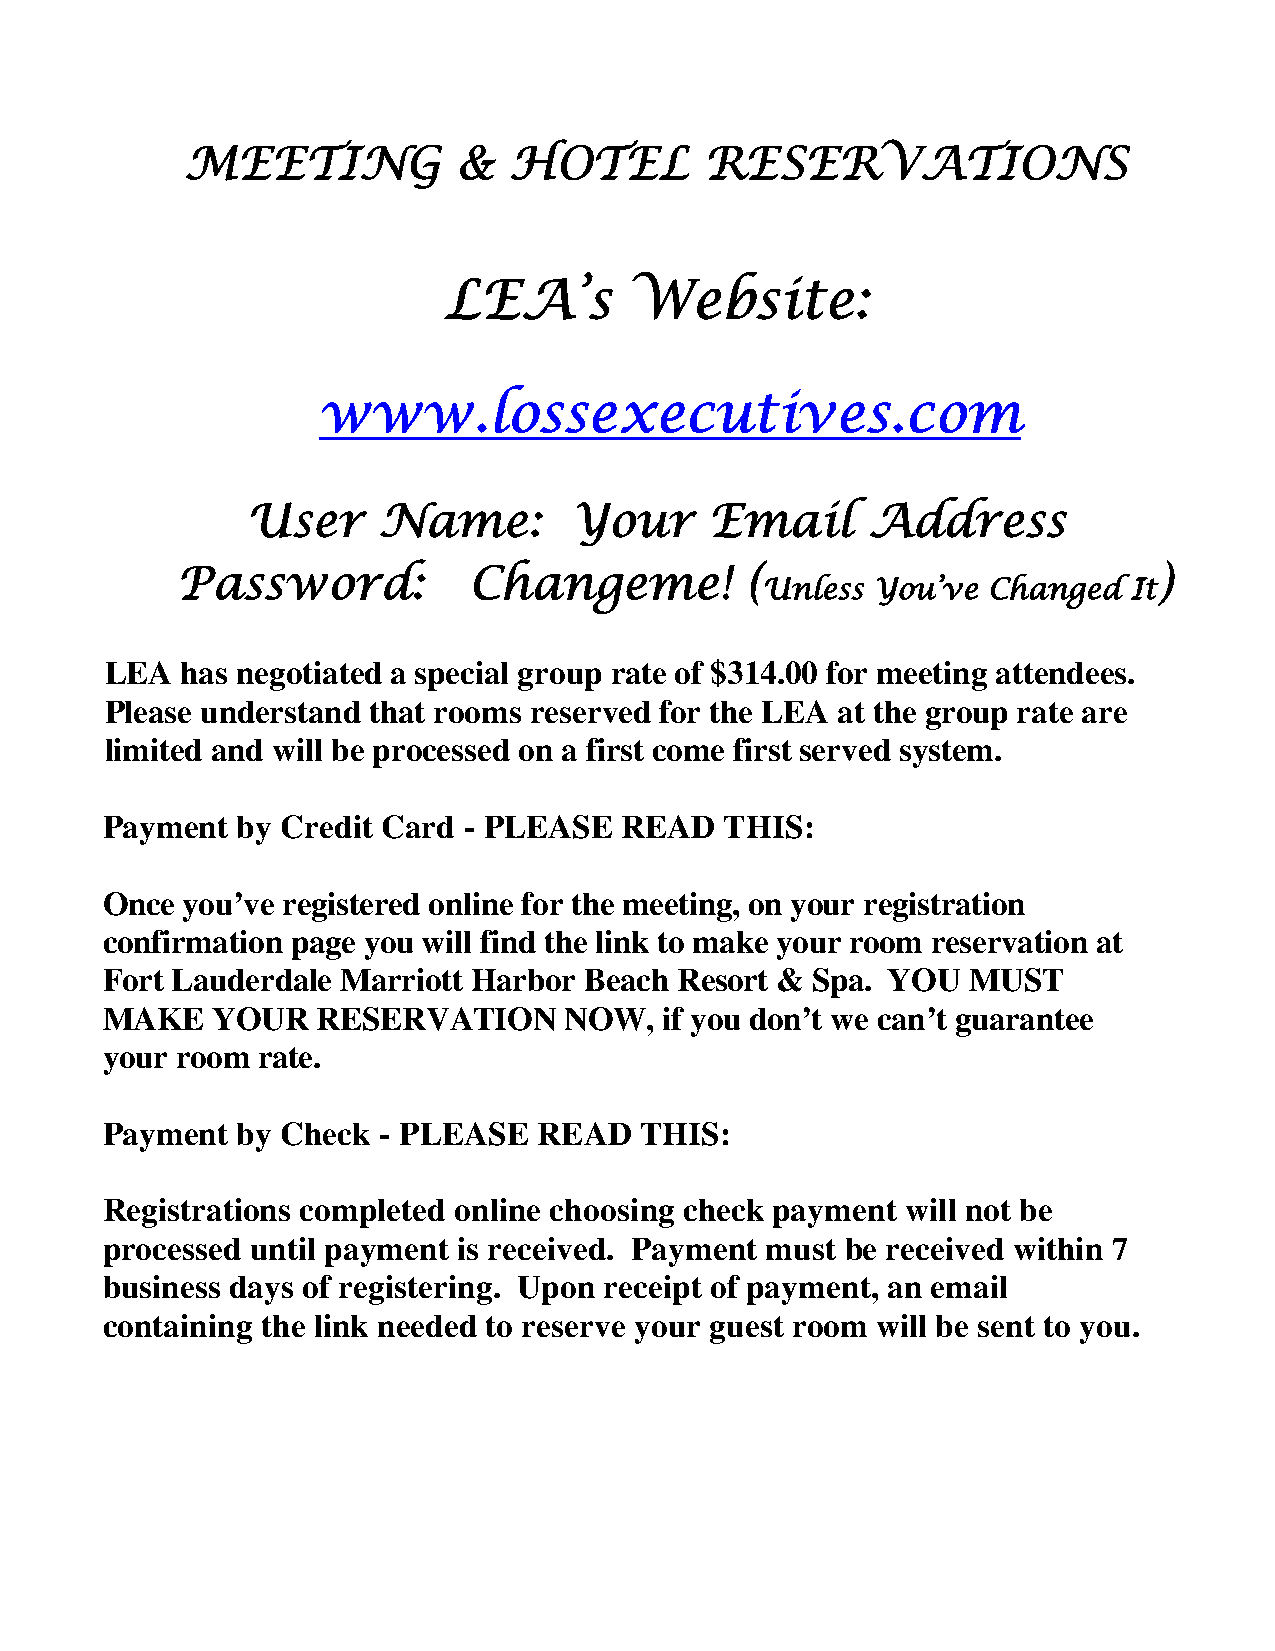
MEETING           &   HOTEL        RESERVATIONS
 LEA’s        Website:
 www.lossexecutives.com
 User     Name:        Your     Email     Address
 Password:          Changeme!         (                           )
 Unless  You’ve Changed   It
 LEA  has negotiated a special group rate of $314.00 for meeting attendees.
 Please understand that rooms reserved for the LEA at the group rate are
 limited and will be processed on a first come first served system.
 Payment  by Credit Card - PLEASE  READ   THIS:
 Once you’ve registered online for the meeting, on your registration
 confirmation page you will find the link to make your room reservation at
 Fort Lauderdale Marriott Harbor Beach Resort & Spa. YOU  MUST
 MAKE   YOUR   RESERVATION     NOW,   if you don’t we can’t guarantee
 your room rate.
 Payment  by Check - PLEASE   READ  THIS:
 Registrations completed online choosing check payment will not be
 processed until payment is received. Payment must be received within 7
 business days of registering. Upon receipt of payment, an email
 containing the link needed to reserve your guest room will be sent to you.